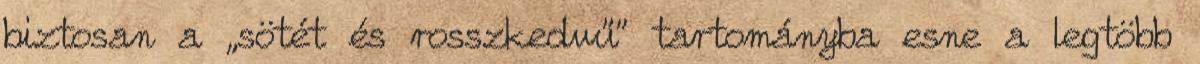
biztosan a „sötét és rosszkedvű” tartományba esne a legtöbb